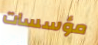
مؤسسات